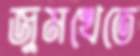
জুমখেতে